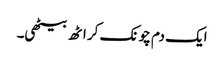
ایک دم چونک کر اٹھ بیٹھی۔